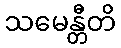
သမေန္တီတိ